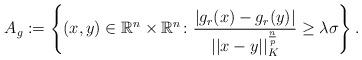
LaTeX: \begin{align*} A_g := \left\{(x,y) \in \mathbb R^n \times \mathbb R^n \colon\frac{|g_r(x)-g_r(y)|}{||x-y||_K^{\frac{n}{p}}}\geq{\lambda\sigma}\right\}.\end{align*}